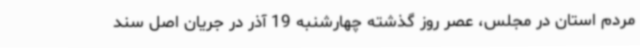
مردم استان در مجلس، عصر روز گذشته چهارشنبه 19 آذر در جریان اصل سند